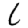
Digit: 6